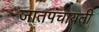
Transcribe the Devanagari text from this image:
जातपंचायती